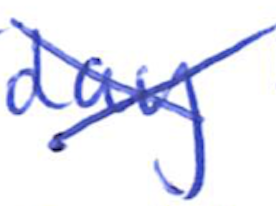
Text: day
Cross-out: cross
Writing tool: ballpoint